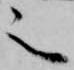
之